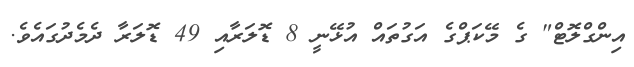
އިންގްލޮޓް" ގެ މޭކަޕްގެ އަގުތައް އުޅޭނީ 8 ޑޮލަރާއި 49 ޑޮލަރާ ދެމެދުގައެވެ.